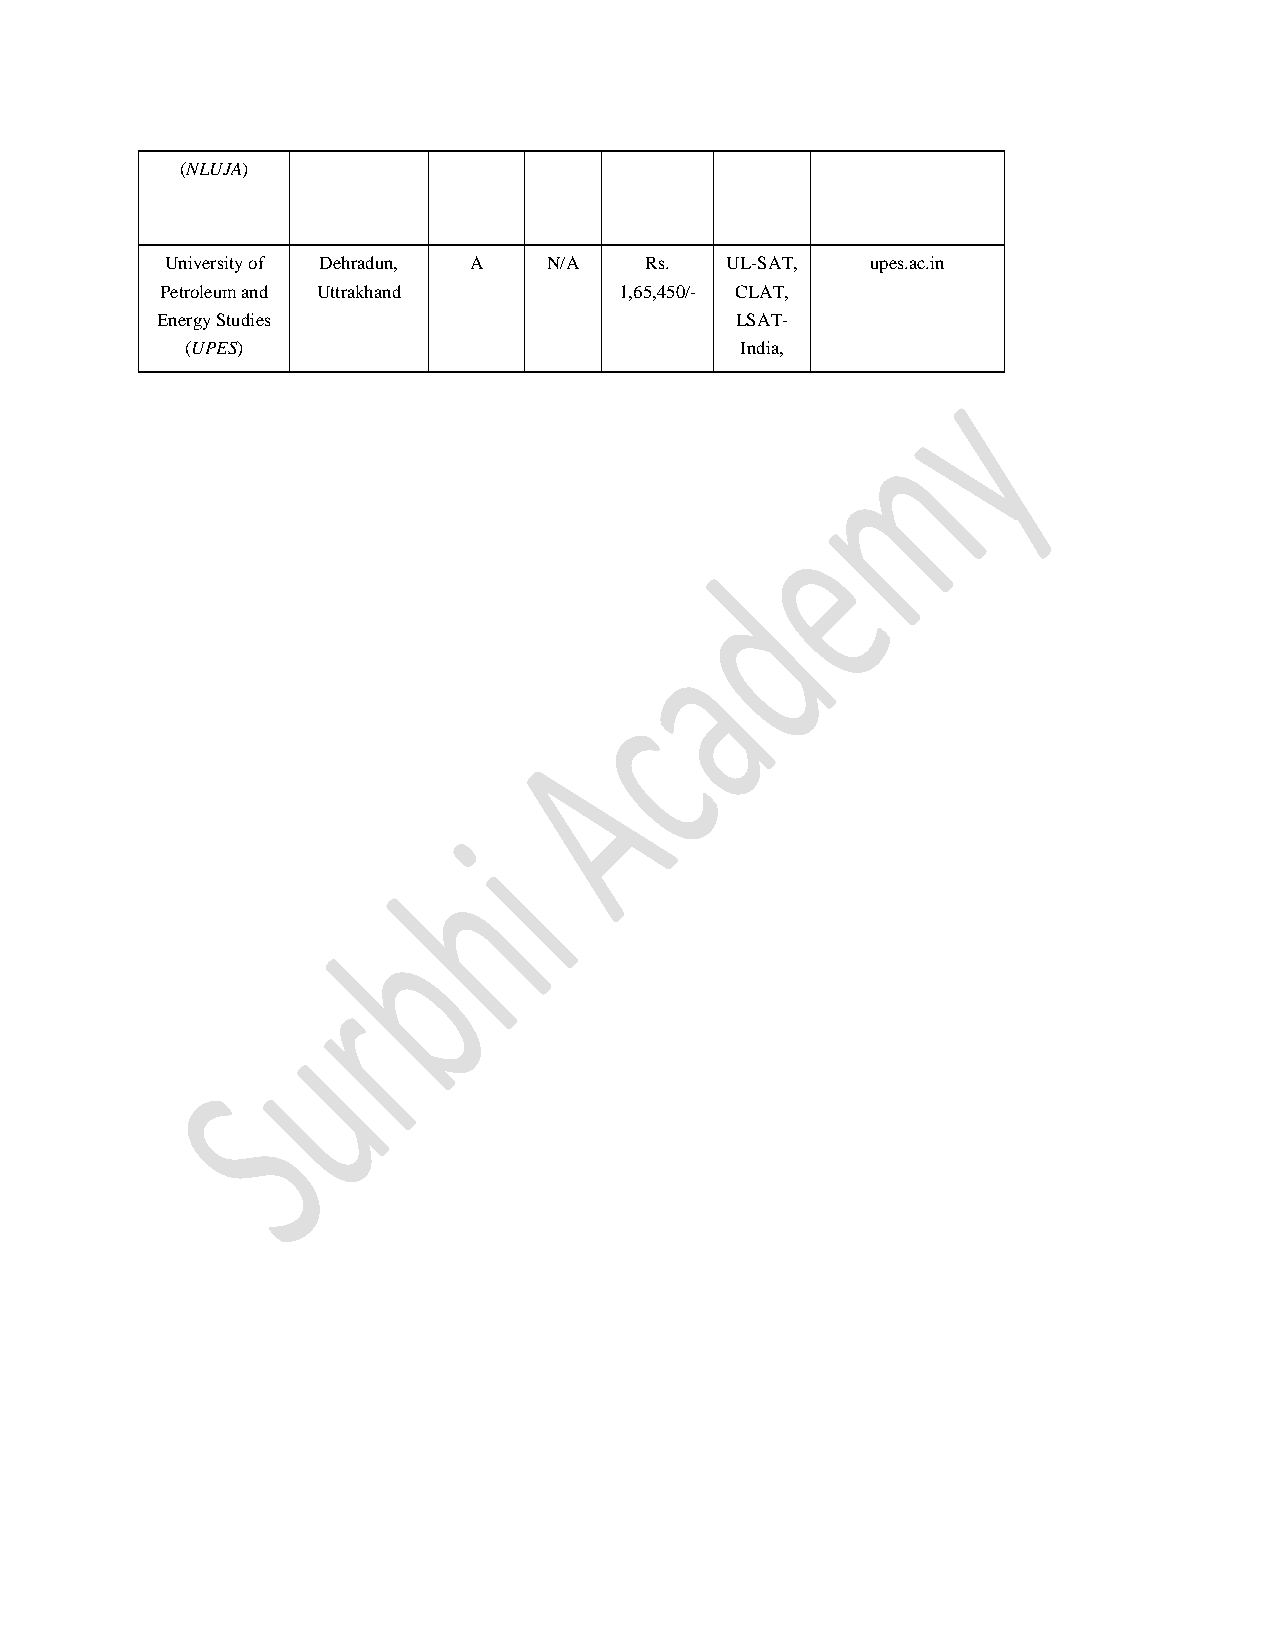
(NLUJA)
 University of Dehradun, A N/A   Rs.  UL-SAT,   upes.ac.in
 Petroleum and Uttrakhand      1,65,450/- CLAT,
 Energy Studies                         LSAT-
 (UPES)                               India,